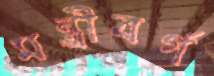
মন্ত্রীবর্গ